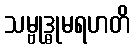
သမ္ဗုဒ္ဓုမရဟတိ